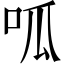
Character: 呱